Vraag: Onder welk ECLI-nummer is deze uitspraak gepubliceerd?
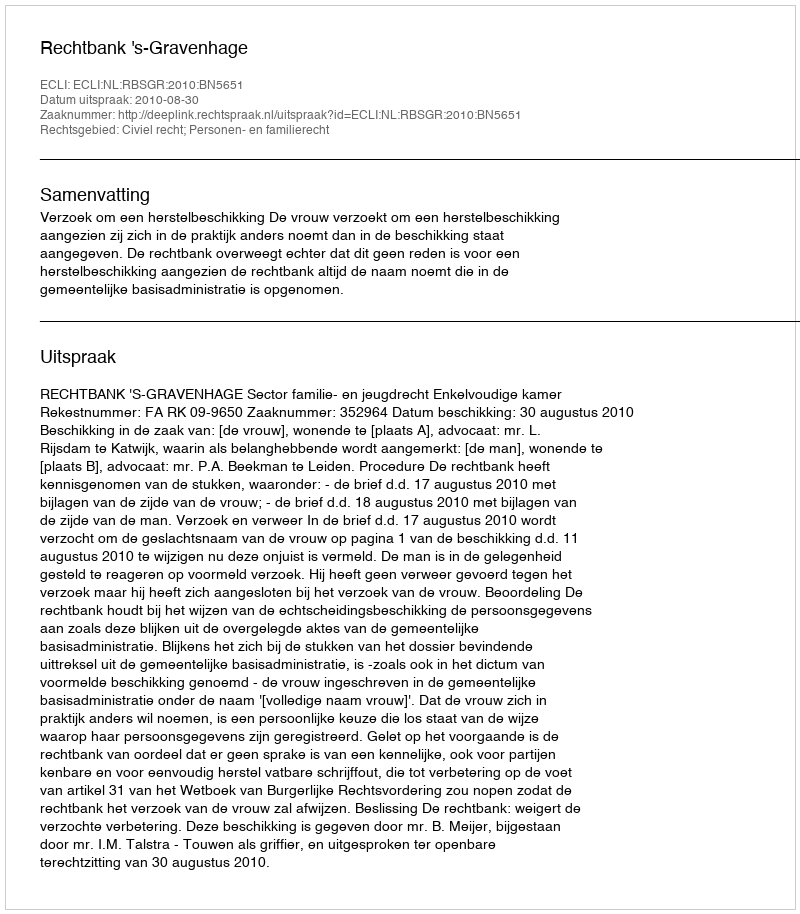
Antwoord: ECLI:NL:RBSGR:2010:BN5651